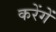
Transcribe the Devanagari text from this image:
करेंगेें